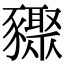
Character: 䝒